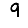
Digit: 9